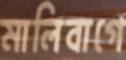
মালিবাগে